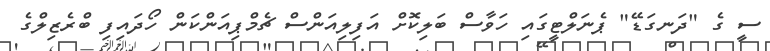
ސީ ގެ "ދަނގަޑޭ" ޕެނަލްޓީގައި ހަވާސް ބަލިކޮށް އަފިލިއަންސް ޗެމްޕިއަންކަން ހޯދައިފި ބްރެޒިލްގެ